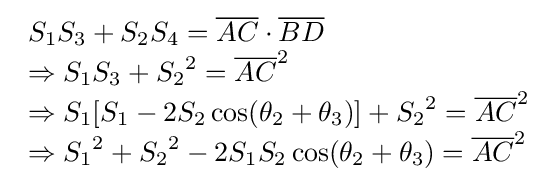
{\begin{array}{lcl}S_{1}S_{3}+S_{2}S_{4}={\overline {AC}}\cdot {\overline {BD}}\\\Rightarrow S_{1}S_{3}+{S_{2}}^{2}={\overline {AC}}^{2}\\\Rightarrow S_{1}[S_{1}-2S_{2}\cos(\theta _{2}+\theta _{3})]+{S_{2}}^{2}={\overline {AC}}^{2}\\\Rightarrow {S_{1}}^{2}+{S_{2}}^{2}-2S_{1}S_{2}\cos(\theta _{2}+\theta _{3})={\overline {AC}}^{2}\\\end{array}}